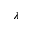
\lambda